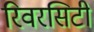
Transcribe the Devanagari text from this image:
रिवरसिटी